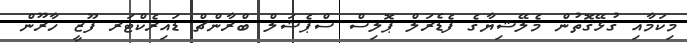
މިކަމާއި ގުޅޭގޮތުން މެލޭޝިޔާގެ ފެޑެރަލް ޕޮލިސް ސްޕެޝަލް ބްރާންޗް ޑައިރެކްޓަރ ފޫޒީ ހާރޫން